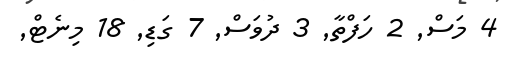
4 މަސް